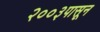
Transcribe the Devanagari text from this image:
२००३पासून